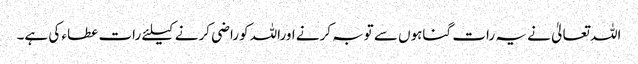
اللہ تعالیٰ نے یہ رات گناہوں سے توبہ کرنے اوراللہ کوراضی کرنے کیلئے رات عطاء کی ہے۔